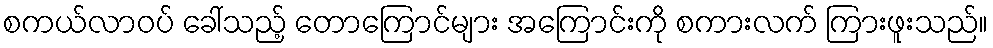
စကယ်လာဝပ် ခေါ်သည့် တောကြောင်များ အကြောင်းကို စကားလက် ကြားဖူးသည်။